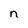
Character: n